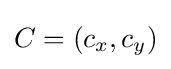
C=(c_{x},c_{y})